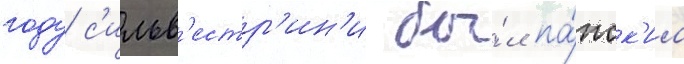
году с'ильв'естр'ин'и бы́л па́пск'им